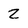
Character: z